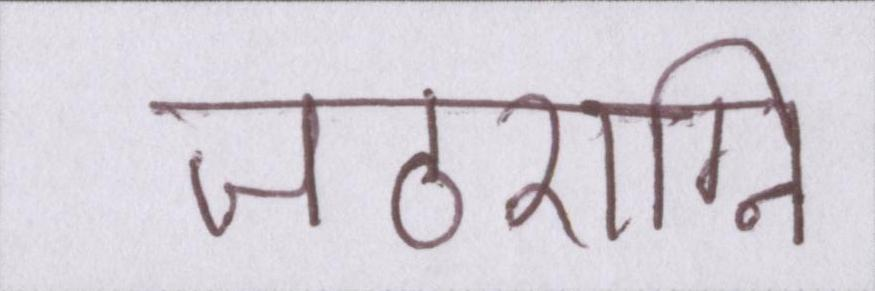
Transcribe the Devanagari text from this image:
जठराग्नि